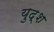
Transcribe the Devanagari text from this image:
युद्श